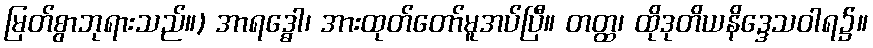
မြတ်စွာဘုရားသည်။) အာရဒ္ဓေါ၊ အားထုတ်တော်မူအပ်ပြီ။ တတ္ထ၊ ထိုဒုတိယနိဒ္ဒေသဝါရ၌။